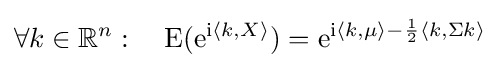
\forall k\in \mathbb {R} ^{n}:\quad \mathrm {E} (\mathrm {e} ^{\mathrm {i} \langle k,X\rangle })=\mathrm {e} ^{\mathrm {i} \langle k,\mu \rangle -{\frac {1}{2}}\langle k,\Sigma k\rangle }